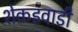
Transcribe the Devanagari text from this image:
शेकइवाडी